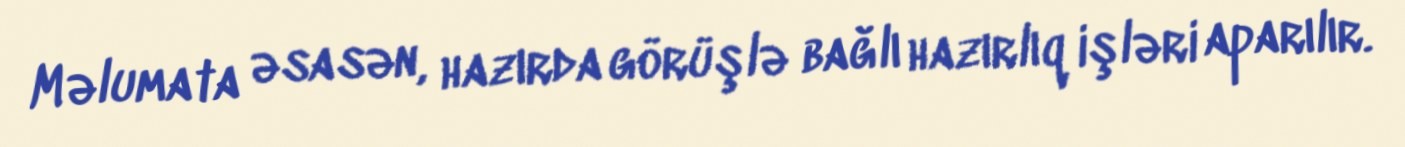
Məlumata əsasən, hazırda görüşlə bağlı hazırlıq işləri aparılır.